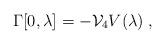
LaTeX: \begin{align*}\Gamma[0,\lambda]=-{\cal V}_4V(\lambda)\;,\end{align*}